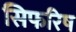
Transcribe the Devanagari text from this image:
सिफरिष